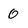
Character: 0